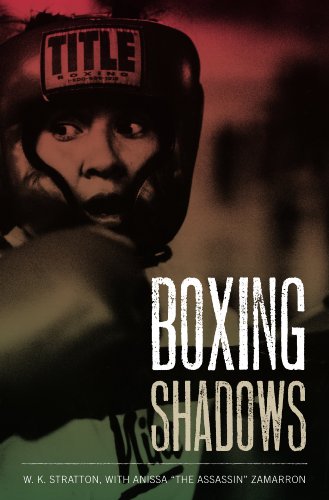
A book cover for Boxing Shadows; W. K. Stratton; Sports & Outdoors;